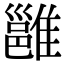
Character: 雝